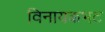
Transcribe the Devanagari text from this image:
विनायकभट